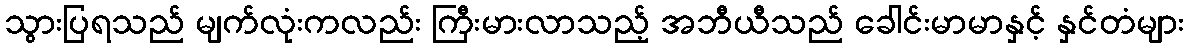
သွားပြရသည် မျက်လုံးကလည်း ကြီးမားလာသည့် အဘီယီသည် ခေါင်းမာမာနှင့် နှင်တံများ